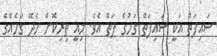
ސައިފަތް އަކީ ސައިފަތް ގަހުގެ ފަތް އެވެ. މިއީ ތިރިކޮށް ހެދޭ ގަހެއްގެ